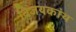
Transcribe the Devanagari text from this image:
विजयकांथ